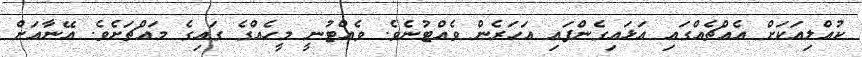
ކުއްލިއަކަށް އެއްޗެއްގައި އަޅައިގެންފައި އަހަރެން ވެއްޓުނެވެ. ވެއްޓުނީ މީހެއްގެ ގައިގެ މައްޗަށެވެ. އޭނާއަށް